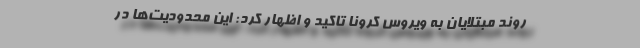
روند مبتلایان به ویروس کرونا تاکید و اظهار کرد: این محدودیت‌ها در